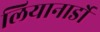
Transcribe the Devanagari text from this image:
लियानार्डो